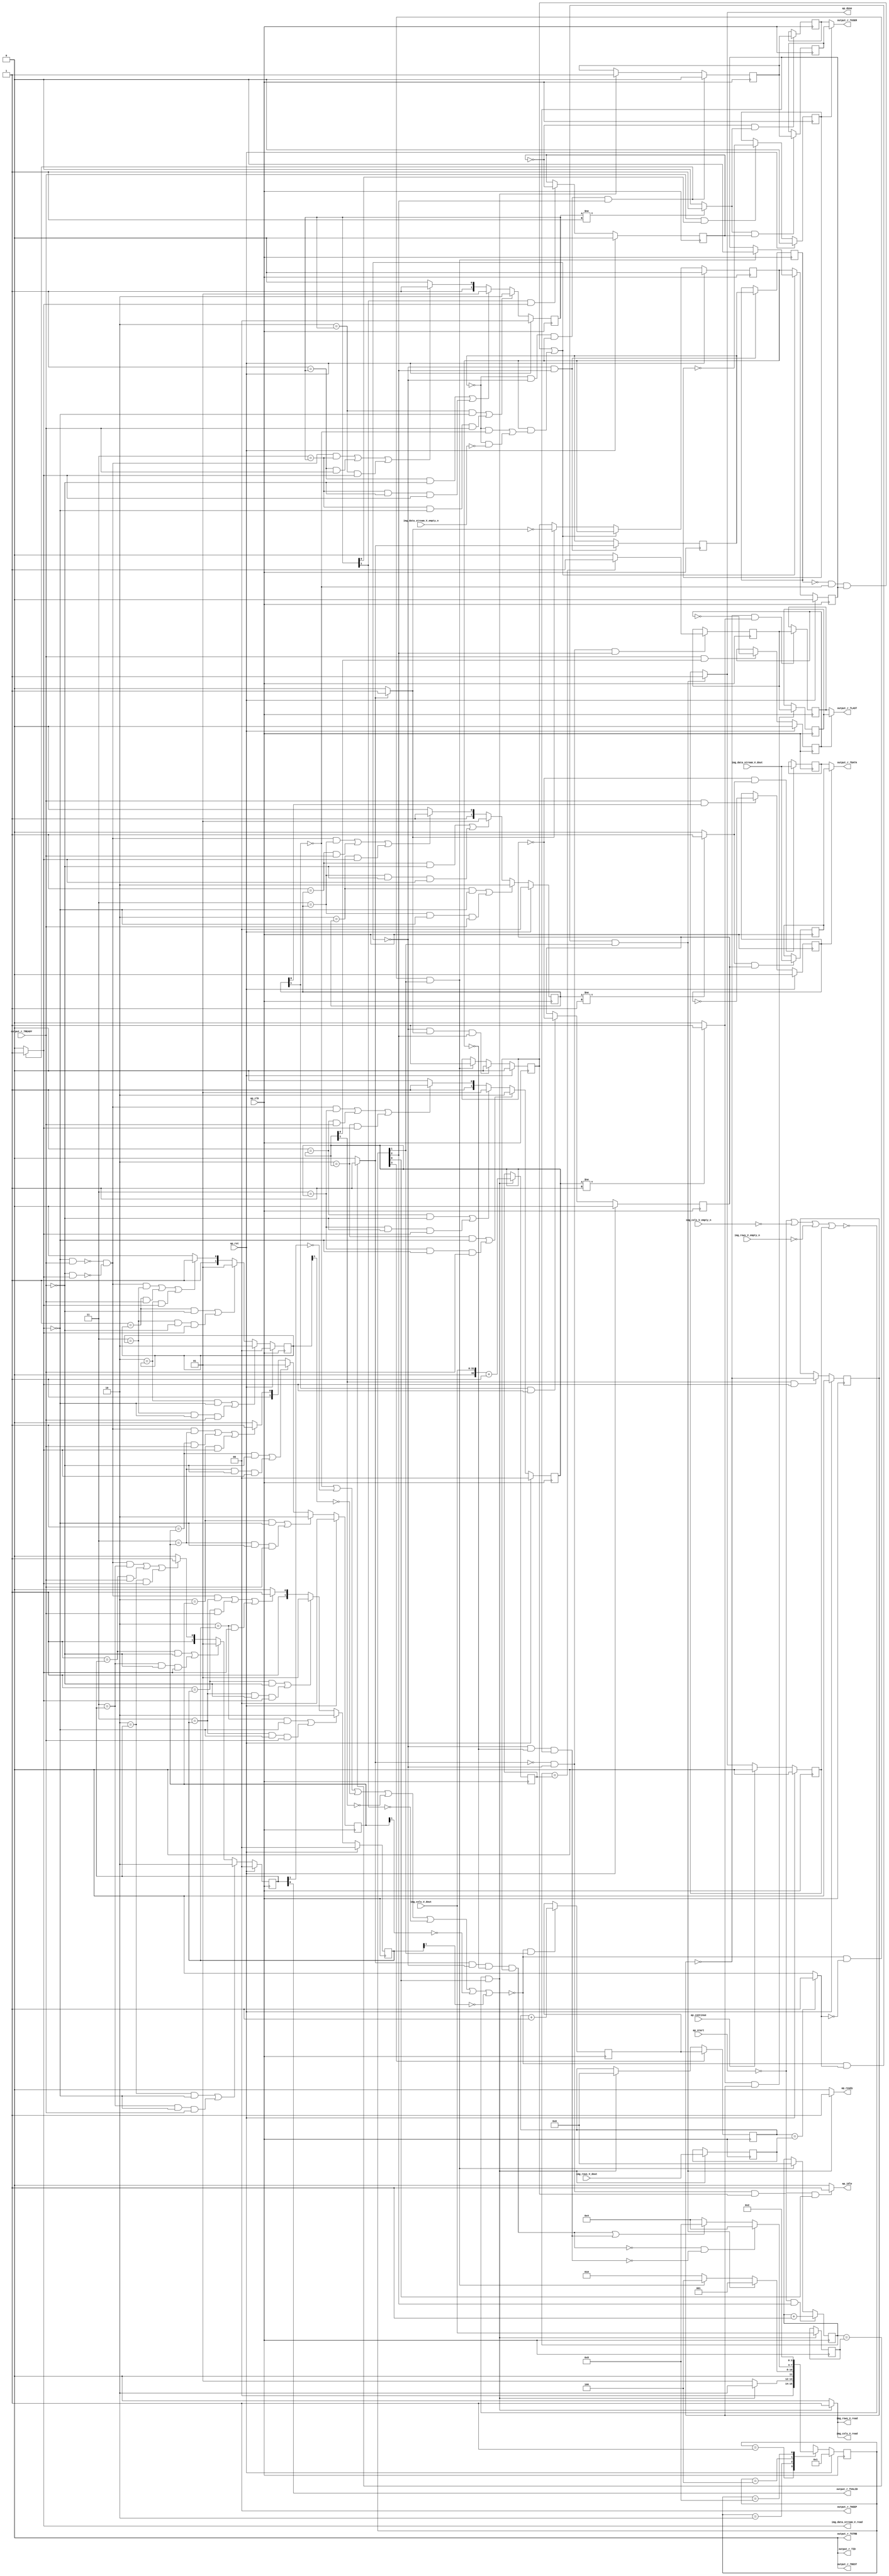
// ==============================================================
// RTL generated by Vivado(TM) HLS - High-Level Synthesis from C, C++ and SystemC
// Version: 2018.2
// Copyright (C) 1986-2018 Xilinx, Inc. All Rights Reserved.
// 
// ===========================================================

`timescale 1 ns / 1 ps 

module Mat2AXIvideo (
        ap_clk,
        ap_rst,
        ap_start,
        ap_done,
        ap_continue,
        ap_idle,
        ap_ready,
        img_rows_V_dout,
        img_rows_V_empty_n,
        img_rows_V_read,
        img_cols_V_dout,
        img_cols_V_empty_n,
        img_cols_V_read,
        img_data_stream_V_dout,
        img_data_stream_V_empty_n,
        img_data_stream_V_read,
        output_r_TDATA,
        output_r_TVALID,
        output_r_TREADY,
        output_r_TKEEP,
        output_r_TSTRB,
        output_r_TUSER,
        output_r_TLAST,
        output_r_TID,
        output_r_TDEST
);

parameter    ap_ST_fsm_state1 = 4'd1;
parameter    ap_ST_fsm_state2 = 4'd2;
parameter    ap_ST_fsm_pp0_stage0 = 4'd4;
parameter    ap_ST_fsm_state6 = 4'd8;

input   ap_clk;
input   ap_rst;
input   ap_start;
output   ap_done;
input   ap_continue;
output   ap_idle;
output   ap_ready;
input  [31:0] img_rows_V_dout;
input   img_rows_V_empty_n;
output   img_rows_V_read;
input  [31:0] img_cols_V_dout;
input   img_cols_V_empty_n;
output   img_cols_V_read;
input  [7:0] img_data_stream_V_dout;
input   img_data_stream_V_empty_n;
output   img_data_stream_V_read;
output  [7:0] output_r_TDATA;
output   output_r_TVALID;
input   output_r_TREADY;
output  [0:0] output_r_TKEEP;
output  [0:0] output_r_TSTRB;
output  [0:0] output_r_TUSER;
output  [0:0] output_r_TLAST;
output  [0:0] output_r_TID;
output  [0:0] output_r_TDEST;

reg ap_done;
reg ap_idle;
reg ap_ready;
reg img_rows_V_read;
reg img_cols_V_read;
reg img_data_stream_V_read;

reg    ap_done_reg;
(* fsm_encoding = "none" *) reg   [3:0] ap_CS_fsm;
wire    ap_CS_fsm_state1;
reg   [7:0] AXI_video_strm_V_data_V_1_data_out;
reg    AXI_video_strm_V_data_V_1_vld_in;
wire    AXI_video_strm_V_data_V_1_vld_out;
wire    AXI_video_strm_V_data_V_1_ack_in;
wire    AXI_video_strm_V_data_V_1_ack_out;
reg   [7:0] AXI_video_strm_V_data_V_1_payload_A;
reg   [7:0] AXI_video_strm_V_data_V_1_payload_B;
reg    AXI_video_strm_V_data_V_1_sel_rd;
reg    AXI_video_strm_V_data_V_1_sel_wr;
wire    AXI_video_strm_V_data_V_1_sel;
wire    AXI_video_strm_V_data_V_1_load_A;
wire    AXI_video_strm_V_data_V_1_load_B;
reg   [1:0] AXI_video_strm_V_data_V_1_state;
wire    AXI_video_strm_V_data_V_1_state_cmp_full;
wire   [0:0] AXI_video_strm_V_keep_V_1_data_out;
reg    AXI_video_strm_V_keep_V_1_vld_in;
wire    AXI_video_strm_V_keep_V_1_vld_out;
wire    AXI_video_strm_V_keep_V_1_ack_in;
wire    AXI_video_strm_V_keep_V_1_ack_out;
reg    AXI_video_strm_V_keep_V_1_sel_rd;
wire    AXI_video_strm_V_keep_V_1_sel;
reg   [1:0] AXI_video_strm_V_keep_V_1_state;
wire   [0:0] AXI_video_strm_V_strb_V_1_data_out;
reg    AXI_video_strm_V_strb_V_1_vld_in;
wire    AXI_video_strm_V_strb_V_1_vld_out;
wire    AXI_video_strm_V_strb_V_1_ack_in;
wire    AXI_video_strm_V_strb_V_1_ack_out;
reg    AXI_video_strm_V_strb_V_1_sel_rd;
wire    AXI_video_strm_V_strb_V_1_sel;
reg   [1:0] AXI_video_strm_V_strb_V_1_state;
reg   [0:0] AXI_video_strm_V_user_V_1_data_out;
reg    AXI_video_strm_V_user_V_1_vld_in;
wire    AXI_video_strm_V_user_V_1_vld_out;
wire    AXI_video_strm_V_user_V_1_ack_in;
wire    AXI_video_strm_V_user_V_1_ack_out;
reg   [0:0] AXI_video_strm_V_user_V_1_payload_A;
reg   [0:0] AXI_video_strm_V_user_V_1_payload_B;
reg    AXI_video_strm_V_user_V_1_sel_rd;
reg    AXI_video_strm_V_user_V_1_sel_wr;
wire    AXI_video_strm_V_user_V_1_sel;
wire    AXI_video_strm_V_user_V_1_load_A;
wire    AXI_video_strm_V_user_V_1_load_B;
reg   [1:0] AXI_video_strm_V_user_V_1_state;
wire    AXI_video_strm_V_user_V_1_state_cmp_full;
reg   [0:0] AXI_video_strm_V_last_V_1_data_out;
reg    AXI_video_strm_V_last_V_1_vld_in;
wire    AXI_video_strm_V_last_V_1_vld_out;
wire    AXI_video_strm_V_last_V_1_ack_in;
wire    AXI_video_strm_V_last_V_1_ack_out;
reg   [0:0] AXI_video_strm_V_last_V_1_payload_A;
reg   [0:0] AXI_video_strm_V_last_V_1_payload_B;
reg    AXI_video_strm_V_last_V_1_sel_rd;
reg    AXI_video_strm_V_last_V_1_sel_wr;
wire    AXI_video_strm_V_last_V_1_sel;
wire    AXI_video_strm_V_last_V_1_load_A;
wire    AXI_video_strm_V_last_V_1_load_B;
reg   [1:0] AXI_video_strm_V_last_V_1_state;
wire    AXI_video_strm_V_last_V_1_state_cmp_full;
wire   [0:0] AXI_video_strm_V_id_V_1_data_out;
reg    AXI_video_strm_V_id_V_1_vld_in;
wire    AXI_video_strm_V_id_V_1_vld_out;
wire    AXI_video_strm_V_id_V_1_ack_in;
wire    AXI_video_strm_V_id_V_1_ack_out;
reg    AXI_video_strm_V_id_V_1_sel_rd;
wire    AXI_video_strm_V_id_V_1_sel;
reg   [1:0] AXI_video_strm_V_id_V_1_state;
wire   [0:0] AXI_video_strm_V_dest_V_1_data_out;
reg    AXI_video_strm_V_dest_V_1_vld_in;
wire    AXI_video_strm_V_dest_V_1_vld_out;
wire    AXI_video_strm_V_dest_V_1_ack_in;
wire    AXI_video_strm_V_dest_V_1_ack_out;
reg    AXI_video_strm_V_dest_V_1_sel_rd;
wire    AXI_video_strm_V_dest_V_1_sel;
reg   [1:0] AXI_video_strm_V_dest_V_1_state;
reg    img_rows_V_blk_n;
reg    img_cols_V_blk_n;
reg    img_data_stream_V_blk_n;
wire    ap_CS_fsm_pp0_stage0;
reg    ap_enable_reg_pp0_iter1;
wire    ap_block_pp0_stage0;
reg   [0:0] exitcond_i_reg_274;
reg    output_r_TDATA_blk_n;
reg    ap_enable_reg_pp0_iter2;
reg   [0:0] exitcond_i_reg_274_pp0_iter1_reg;
reg   [31:0] t_V_4_reg_177;
reg   [31:0] rows_V_reg_250;
reg    ap_block_state1;
reg   [31:0] cols_V_reg_255;
wire   [32:0] r_V_fu_192_p2;
reg   [32:0] r_V_reg_260;
wire   [0:0] exitcond4_i_fu_203_p2;
wire    ap_CS_fsm_state2;
reg    ap_block_state2;
wire   [31:0] i_V_fu_208_p2;
reg   [31:0] i_V_reg_269;
wire   [0:0] exitcond_i_fu_214_p2;
wire    ap_block_state3_pp0_stage0_iter0;
reg    ap_block_state4_pp0_stage0_iter1;
reg    ap_block_state4_io;
wire    ap_block_state5_pp0_stage0_iter2;
reg    ap_block_state5_io;
reg    ap_block_pp0_stage0_11001;
wire   [31:0] j_V_fu_219_p2;
reg    ap_enable_reg_pp0_iter0;
wire   [0:0] axi_last_V_fu_229_p2;
reg   [0:0] axi_last_V_reg_283;
reg    ap_block_pp0_stage0_subdone;
reg    ap_condition_pp0_exit_iter0_state3;
reg   [31:0] t_V_reg_166;
wire    ap_CS_fsm_state6;
reg   [0:0] tmp_user_V_fu_114;
reg    ap_block_pp0_stage0_01001;
wire   [32:0] lhs_V_cast_i_fu_188_p1;
wire   [32:0] tmp_cast_i_fu_225_p1;
reg   [3:0] ap_NS_fsm;
reg    ap_idle_pp0;
wire    ap_enable_pp0;

// power-on initialization
initial begin
#0 ap_done_reg = 1'b0;
#0 ap_CS_fsm = 4'd1;
#0 AXI_video_strm_V_data_V_1_sel_rd = 1'b0;
#0 AXI_video_strm_V_data_V_1_sel_wr = 1'b0;
#0 AXI_video_strm_V_data_V_1_state = 2'd0;
#0 AXI_video_strm_V_keep_V_1_sel_rd = 1'b0;
#0 AXI_video_strm_V_keep_V_1_state = 2'd0;
#0 AXI_video_strm_V_strb_V_1_sel_rd = 1'b0;
#0 AXI_video_strm_V_strb_V_1_state = 2'd0;
#0 AXI_video_strm_V_user_V_1_sel_rd = 1'b0;
#0 AXI_video_strm_V_user_V_1_sel_wr = 1'b0;
#0 AXI_video_strm_V_user_V_1_state = 2'd0;
#0 AXI_video_strm_V_last_V_1_sel_rd = 1'b0;
#0 AXI_video_strm_V_last_V_1_sel_wr = 1'b0;
#0 AXI_video_strm_V_last_V_1_state = 2'd0;
#0 AXI_video_strm_V_id_V_1_sel_rd = 1'b0;
#0 AXI_video_strm_V_id_V_1_state = 2'd0;
#0 AXI_video_strm_V_dest_V_1_sel_rd = 1'b0;
#0 AXI_video_strm_V_dest_V_1_state = 2'd0;
#0 ap_enable_reg_pp0_iter1 = 1'b0;
#0 ap_enable_reg_pp0_iter2 = 1'b0;
#0 ap_enable_reg_pp0_iter0 = 1'b0;
end

always @ (posedge ap_clk) begin
    if (ap_rst == 1'b1) begin
        AXI_video_strm_V_data_V_1_sel_rd <= 1'b0;
    end else begin
        if (((1'b1 == AXI_video_strm_V_data_V_1_ack_out) & (1'b1 == AXI_video_strm_V_data_V_1_vld_out))) begin
            AXI_video_strm_V_data_V_1_sel_rd <= ~AXI_video_strm_V_data_V_1_sel_rd;
        end
    end
end

always @ (posedge ap_clk) begin
    if (ap_rst == 1'b1) begin
        AXI_video_strm_V_data_V_1_sel_wr <= 1'b0;
    end else begin
        if (((1'b1 == AXI_video_strm_V_data_V_1_ack_in) & (1'b1 == AXI_video_strm_V_data_V_1_vld_in))) begin
            AXI_video_strm_V_data_V_1_sel_wr <= ~AXI_video_strm_V_data_V_1_sel_wr;
        end
    end
end

always @ (posedge ap_clk) begin
    if (ap_rst == 1'b1) begin
        AXI_video_strm_V_data_V_1_state <= 2'd0;
    end else begin
        if ((((2'd2 == AXI_video_strm_V_data_V_1_state) & (1'b0 == AXI_video_strm_V_data_V_1_vld_in)) | ((2'd3 == AXI_video_strm_V_data_V_1_state) & (1'b0 == AXI_video_strm_V_data_V_1_vld_in) & (1'b1 == AXI_video_strm_V_data_V_1_ack_out)))) begin
            AXI_video_strm_V_data_V_1_state <= 2'd2;
        end else if ((((2'd1 == AXI_video_strm_V_data_V_1_state) & (1'b0 == AXI_video_strm_V_data_V_1_ack_out)) | ((2'd3 == AXI_video_strm_V_data_V_1_state) & (1'b0 == AXI_video_strm_V_data_V_1_ack_out) & (1'b1 == AXI_video_strm_V_data_V_1_vld_in)))) begin
            AXI_video_strm_V_data_V_1_state <= 2'd1;
        end else if (((~((1'b0 == AXI_video_strm_V_data_V_1_vld_in) & (1'b1 == AXI_video_strm_V_data_V_1_ack_out)) & ~((1'b0 == AXI_video_strm_V_data_V_1_ack_out) & (1'b1 == AXI_video_strm_V_data_V_1_vld_in)) & (2'd3 == AXI_video_strm_V_data_V_1_state)) | ((2'd1 == AXI_video_strm_V_data_V_1_state) & (1'b1 == AXI_video_strm_V_data_V_1_ack_out)) | ((2'd2 == AXI_video_strm_V_data_V_1_state) & (1'b1 == AXI_video_strm_V_data_V_1_vld_in)))) begin
            AXI_video_strm_V_data_V_1_state <= 2'd3;
        end else begin
            AXI_video_strm_V_data_V_1_state <= 2'd2;
        end
    end
end

always @ (posedge ap_clk) begin
    if (ap_rst == 1'b1) begin
        AXI_video_strm_V_dest_V_1_sel_rd <= 1'b0;
    end else begin
        if (((1'b1 == AXI_video_strm_V_dest_V_1_ack_out) & (1'b1 == AXI_video_strm_V_dest_V_1_vld_out))) begin
            AXI_video_strm_V_dest_V_1_sel_rd <= ~AXI_video_strm_V_dest_V_1_sel_rd;
        end
    end
end

always @ (posedge ap_clk) begin
    if (ap_rst == 1'b1) begin
        AXI_video_strm_V_dest_V_1_state <= 2'd0;
    end else begin
        if ((((2'd2 == AXI_video_strm_V_dest_V_1_state) & (1'b0 == AXI_video_strm_V_dest_V_1_vld_in)) | ((2'd3 == AXI_video_strm_V_dest_V_1_state) & (1'b0 == AXI_video_strm_V_dest_V_1_vld_in) & (1'b1 == AXI_video_strm_V_dest_V_1_ack_out)))) begin
            AXI_video_strm_V_dest_V_1_state <= 2'd2;
        end else if ((((2'd1 == AXI_video_strm_V_dest_V_1_state) & (1'b0 == AXI_video_strm_V_dest_V_1_ack_out)) | ((2'd3 == AXI_video_strm_V_dest_V_1_state) & (1'b0 == AXI_video_strm_V_dest_V_1_ack_out) & (1'b1 == AXI_video_strm_V_dest_V_1_vld_in)))) begin
            AXI_video_strm_V_dest_V_1_state <= 2'd1;
        end else if (((~((1'b0 == AXI_video_strm_V_dest_V_1_vld_in) & (1'b1 == AXI_video_strm_V_dest_V_1_ack_out)) & ~((1'b0 == AXI_video_strm_V_dest_V_1_ack_out) & (1'b1 == AXI_video_strm_V_dest_V_1_vld_in)) & (2'd3 == AXI_video_strm_V_dest_V_1_state)) | ((2'd1 == AXI_video_strm_V_dest_V_1_state) & (1'b1 == AXI_video_strm_V_dest_V_1_ack_out)) | ((2'd2 == AXI_video_strm_V_dest_V_1_state) & (1'b1 == AXI_video_strm_V_dest_V_1_vld_in)))) begin
            AXI_video_strm_V_dest_V_1_state <= 2'd3;
        end else begin
            AXI_video_strm_V_dest_V_1_state <= 2'd2;
        end
    end
end

always @ (posedge ap_clk) begin
    if (ap_rst == 1'b1) begin
        AXI_video_strm_V_id_V_1_sel_rd <= 1'b0;
    end else begin
        if (((1'b1 == AXI_video_strm_V_id_V_1_ack_out) & (1'b1 == AXI_video_strm_V_id_V_1_vld_out))) begin
            AXI_video_strm_V_id_V_1_sel_rd <= ~AXI_video_strm_V_id_V_1_sel_rd;
        end
    end
end

always @ (posedge ap_clk) begin
    if (ap_rst == 1'b1) begin
        AXI_video_strm_V_id_V_1_state <= 2'd0;
    end else begin
        if ((((2'd2 == AXI_video_strm_V_id_V_1_state) & (1'b0 == AXI_video_strm_V_id_V_1_vld_in)) | ((2'd3 == AXI_video_strm_V_id_V_1_state) & (1'b0 == AXI_video_strm_V_id_V_1_vld_in) & (1'b1 == AXI_video_strm_V_id_V_1_ack_out)))) begin
            AXI_video_strm_V_id_V_1_state <= 2'd2;
        end else if ((((2'd1 == AXI_video_strm_V_id_V_1_state) & (1'b0 == AXI_video_strm_V_id_V_1_ack_out)) | ((2'd3 == AXI_video_strm_V_id_V_1_state) & (1'b0 == AXI_video_strm_V_id_V_1_ack_out) & (1'b1 == AXI_video_strm_V_id_V_1_vld_in)))) begin
            AXI_video_strm_V_id_V_1_state <= 2'd1;
        end else if (((~((1'b0 == AXI_video_strm_V_id_V_1_vld_in) & (1'b1 == AXI_video_strm_V_id_V_1_ack_out)) & ~((1'b0 == AXI_video_strm_V_id_V_1_ack_out) & (1'b1 == AXI_video_strm_V_id_V_1_vld_in)) & (2'd3 == AXI_video_strm_V_id_V_1_state)) | ((2'd1 == AXI_video_strm_V_id_V_1_state) & (1'b1 == AXI_video_strm_V_id_V_1_ack_out)) | ((2'd2 == AXI_video_strm_V_id_V_1_state) & (1'b1 == AXI_video_strm_V_id_V_1_vld_in)))) begin
            AXI_video_strm_V_id_V_1_state <= 2'd3;
        end else begin
            AXI_video_strm_V_id_V_1_state <= 2'd2;
        end
    end
end

always @ (posedge ap_clk) begin
    if (ap_rst == 1'b1) begin
        AXI_video_strm_V_keep_V_1_sel_rd <= 1'b0;
    end else begin
        if (((1'b1 == AXI_video_strm_V_keep_V_1_ack_out) & (1'b1 == AXI_video_strm_V_keep_V_1_vld_out))) begin
            AXI_video_strm_V_keep_V_1_sel_rd <= ~AXI_video_strm_V_keep_V_1_sel_rd;
        end
    end
end

always @ (posedge ap_clk) begin
    if (ap_rst == 1'b1) begin
        AXI_video_strm_V_keep_V_1_state <= 2'd0;
    end else begin
        if ((((2'd2 == AXI_video_strm_V_keep_V_1_state) & (1'b0 == AXI_video_strm_V_keep_V_1_vld_in)) | ((2'd3 == AXI_video_strm_V_keep_V_1_state) & (1'b0 == AXI_video_strm_V_keep_V_1_vld_in) & (1'b1 == AXI_video_strm_V_keep_V_1_ack_out)))) begin
            AXI_video_strm_V_keep_V_1_state <= 2'd2;
        end else if ((((2'd1 == AXI_video_strm_V_keep_V_1_state) & (1'b0 == AXI_video_strm_V_keep_V_1_ack_out)) | ((2'd3 == AXI_video_strm_V_keep_V_1_state) & (1'b0 == AXI_video_strm_V_keep_V_1_ack_out) & (1'b1 == AXI_video_strm_V_keep_V_1_vld_in)))) begin
            AXI_video_strm_V_keep_V_1_state <= 2'd1;
        end else if (((~((1'b0 == AXI_video_strm_V_keep_V_1_vld_in) & (1'b1 == AXI_video_strm_V_keep_V_1_ack_out)) & ~((1'b0 == AXI_video_strm_V_keep_V_1_ack_out) & (1'b1 == AXI_video_strm_V_keep_V_1_vld_in)) & (2'd3 == AXI_video_strm_V_keep_V_1_state)) | ((2'd1 == AXI_video_strm_V_keep_V_1_state) & (1'b1 == AXI_video_strm_V_keep_V_1_ack_out)) | ((2'd2 == AXI_video_strm_V_keep_V_1_state) & (1'b1 == AXI_video_strm_V_keep_V_1_vld_in)))) begin
            AXI_video_strm_V_keep_V_1_state <= 2'd3;
        end else begin
            AXI_video_strm_V_keep_V_1_state <= 2'd2;
        end
    end
end

always @ (posedge ap_clk) begin
    if (ap_rst == 1'b1) begin
        AXI_video_strm_V_last_V_1_sel_rd <= 1'b0;
    end else begin
        if (((1'b1 == AXI_video_strm_V_last_V_1_ack_out) & (1'b1 == AXI_video_strm_V_last_V_1_vld_out))) begin
            AXI_video_strm_V_last_V_1_sel_rd <= ~AXI_video_strm_V_last_V_1_sel_rd;
        end
    end
end

always @ (posedge ap_clk) begin
    if (ap_rst == 1'b1) begin
        AXI_video_strm_V_last_V_1_sel_wr <= 1'b0;
    end else begin
        if (((1'b1 == AXI_video_strm_V_last_V_1_ack_in) & (1'b1 == AXI_video_strm_V_last_V_1_vld_in))) begin
            AXI_video_strm_V_last_V_1_sel_wr <= ~AXI_video_strm_V_last_V_1_sel_wr;
        end
    end
end

always @ (posedge ap_clk) begin
    if (ap_rst == 1'b1) begin
        AXI_video_strm_V_last_V_1_state <= 2'd0;
    end else begin
        if ((((2'd2 == AXI_video_strm_V_last_V_1_state) & (1'b0 == AXI_video_strm_V_last_V_1_vld_in)) | ((2'd3 == AXI_video_strm_V_last_V_1_state) & (1'b0 == AXI_video_strm_V_last_V_1_vld_in) & (1'b1 == AXI_video_strm_V_last_V_1_ack_out)))) begin
            AXI_video_strm_V_last_V_1_state <= 2'd2;
        end else if ((((2'd1 == AXI_video_strm_V_last_V_1_state) & (1'b0 == AXI_video_strm_V_last_V_1_ack_out)) | ((2'd3 == AXI_video_strm_V_last_V_1_state) & (1'b0 == AXI_video_strm_V_last_V_1_ack_out) & (1'b1 == AXI_video_strm_V_last_V_1_vld_in)))) begin
            AXI_video_strm_V_last_V_1_state <= 2'd1;
        end else if (((~((1'b0 == AXI_video_strm_V_last_V_1_vld_in) & (1'b1 == AXI_video_strm_V_last_V_1_ack_out)) & ~((1'b0 == AXI_video_strm_V_last_V_1_ack_out) & (1'b1 == AXI_video_strm_V_last_V_1_vld_in)) & (2'd3 == AXI_video_strm_V_last_V_1_state)) | ((2'd1 == AXI_video_strm_V_last_V_1_state) & (1'b1 == AXI_video_strm_V_last_V_1_ack_out)) | ((2'd2 == AXI_video_strm_V_last_V_1_state) & (1'b1 == AXI_video_strm_V_last_V_1_vld_in)))) begin
            AXI_video_strm_V_last_V_1_state <= 2'd3;
        end else begin
            AXI_video_strm_V_last_V_1_state <= 2'd2;
        end
    end
end

always @ (posedge ap_clk) begin
    if (ap_rst == 1'b1) begin
        AXI_video_strm_V_strb_V_1_sel_rd <= 1'b0;
    end else begin
        if (((1'b1 == AXI_video_strm_V_strb_V_1_ack_out) & (1'b1 == AXI_video_strm_V_strb_V_1_vld_out))) begin
            AXI_video_strm_V_strb_V_1_sel_rd <= ~AXI_video_strm_V_strb_V_1_sel_rd;
        end
    end
end

always @ (posedge ap_clk) begin
    if (ap_rst == 1'b1) begin
        AXI_video_strm_V_strb_V_1_state <= 2'd0;
    end else begin
        if ((((2'd2 == AXI_video_strm_V_strb_V_1_state) & (1'b0 == AXI_video_strm_V_strb_V_1_vld_in)) | ((2'd3 == AXI_video_strm_V_strb_V_1_state) & (1'b0 == AXI_video_strm_V_strb_V_1_vld_in) & (1'b1 == AXI_video_strm_V_strb_V_1_ack_out)))) begin
            AXI_video_strm_V_strb_V_1_state <= 2'd2;
        end else if ((((2'd1 == AXI_video_strm_V_strb_V_1_state) & (1'b0 == AXI_video_strm_V_strb_V_1_ack_out)) | ((2'd3 == AXI_video_strm_V_strb_V_1_state) & (1'b0 == AXI_video_strm_V_strb_V_1_ack_out) & (1'b1 == AXI_video_strm_V_strb_V_1_vld_in)))) begin
            AXI_video_strm_V_strb_V_1_state <= 2'd1;
        end else if (((~((1'b0 == AXI_video_strm_V_strb_V_1_vld_in) & (1'b1 == AXI_video_strm_V_strb_V_1_ack_out)) & ~((1'b0 == AXI_video_strm_V_strb_V_1_ack_out) & (1'b1 == AXI_video_strm_V_strb_V_1_vld_in)) & (2'd3 == AXI_video_strm_V_strb_V_1_state)) | ((2'd1 == AXI_video_strm_V_strb_V_1_state) & (1'b1 == AXI_video_strm_V_strb_V_1_ack_out)) | ((2'd2 == AXI_video_strm_V_strb_V_1_state) & (1'b1 == AXI_video_strm_V_strb_V_1_vld_in)))) begin
            AXI_video_strm_V_strb_V_1_state <= 2'd3;
        end else begin
            AXI_video_strm_V_strb_V_1_state <= 2'd2;
        end
    end
end

always @ (posedge ap_clk) begin
    if (ap_rst == 1'b1) begin
        AXI_video_strm_V_user_V_1_sel_rd <= 1'b0;
    end else begin
        if (((1'b1 == AXI_video_strm_V_user_V_1_ack_out) & (1'b1 == AXI_video_strm_V_user_V_1_vld_out))) begin
            AXI_video_strm_V_user_V_1_sel_rd <= ~AXI_video_strm_V_user_V_1_sel_rd;
        end
    end
end

always @ (posedge ap_clk) begin
    if (ap_rst == 1'b1) begin
        AXI_video_strm_V_user_V_1_sel_wr <= 1'b0;
    end else begin
        if (((1'b1 == AXI_video_strm_V_user_V_1_ack_in) & (1'b1 == AXI_video_strm_V_user_V_1_vld_in))) begin
            AXI_video_strm_V_user_V_1_sel_wr <= ~AXI_video_strm_V_user_V_1_sel_wr;
        end
    end
end

always @ (posedge ap_clk) begin
    if (ap_rst == 1'b1) begin
        AXI_video_strm_V_user_V_1_state <= 2'd0;
    end else begin
        if ((((2'd2 == AXI_video_strm_V_user_V_1_state) & (1'b0 == AXI_video_strm_V_user_V_1_vld_in)) | ((2'd3 == AXI_video_strm_V_user_V_1_state) & (1'b0 == AXI_video_strm_V_user_V_1_vld_in) & (1'b1 == AXI_video_strm_V_user_V_1_ack_out)))) begin
            AXI_video_strm_V_user_V_1_state <= 2'd2;
        end else if ((((2'd1 == AXI_video_strm_V_user_V_1_state) & (1'b0 == AXI_video_strm_V_user_V_1_ack_out)) | ((2'd3 == AXI_video_strm_V_user_V_1_state) & (1'b0 == AXI_video_strm_V_user_V_1_ack_out) & (1'b1 == AXI_video_strm_V_user_V_1_vld_in)))) begin
            AXI_video_strm_V_user_V_1_state <= 2'd1;
        end else if (((~((1'b0 == AXI_video_strm_V_user_V_1_vld_in) & (1'b1 == AXI_video_strm_V_user_V_1_ack_out)) & ~((1'b0 == AXI_video_strm_V_user_V_1_ack_out) & (1'b1 == AXI_video_strm_V_user_V_1_vld_in)) & (2'd3 == AXI_video_strm_V_user_V_1_state)) | ((2'd1 == AXI_video_strm_V_user_V_1_state) & (1'b1 == AXI_video_strm_V_user_V_1_ack_out)) | ((2'd2 == AXI_video_strm_V_user_V_1_state) & (1'b1 == AXI_video_strm_V_user_V_1_vld_in)))) begin
            AXI_video_strm_V_user_V_1_state <= 2'd3;
        end else begin
            AXI_video_strm_V_user_V_1_state <= 2'd2;
        end
    end
end

always @ (posedge ap_clk) begin
    if (ap_rst == 1'b1) begin
        ap_CS_fsm <= ap_ST_fsm_state1;
    end else begin
        ap_CS_fsm <= ap_NS_fsm;
    end
end

always @ (posedge ap_clk) begin
    if (ap_rst == 1'b1) begin
        ap_done_reg <= 1'b0;
    end else begin
        if ((ap_continue == 1'b1)) begin
            ap_done_reg <= 1'b0;
        end else if ((~((1'b0 == AXI_video_strm_V_data_V_1_ack_in) | (1'b0 == AXI_video_strm_V_dest_V_1_ack_in) | (1'b0 == AXI_video_strm_V_id_V_1_ack_in) | (1'b0 == AXI_video_strm_V_last_V_1_ack_in) | (1'b0 == AXI_video_strm_V_user_V_1_ack_in) | (1'b0 == AXI_video_strm_V_strb_V_1_ack_in) | (1'b0 == AXI_video_strm_V_keep_V_1_ack_in)) & (exitcond4_i_fu_203_p2 == 1'd1) & (1'b1 == ap_CS_fsm_state2))) begin
            ap_done_reg <= 1'b1;
        end
    end
end

always @ (posedge ap_clk) begin
    if (ap_rst == 1'b1) begin
        ap_enable_reg_pp0_iter0 <= 1'b0;
    end else begin
        if (((1'b0 == ap_block_pp0_stage0_subdone) & (1'b1 == ap_condition_pp0_exit_iter0_state3) & (1'b1 == ap_CS_fsm_pp0_stage0))) begin
            ap_enable_reg_pp0_iter0 <= 1'b0;
        end else if ((~((1'b0 == AXI_video_strm_V_data_V_1_ack_in) | (1'b0 == AXI_video_strm_V_dest_V_1_ack_in) | (1'b0 == AXI_video_strm_V_id_V_1_ack_in) | (1'b0 == AXI_video_strm_V_last_V_1_ack_in) | (1'b0 == AXI_video_strm_V_user_V_1_ack_in) | (1'b0 == AXI_video_strm_V_strb_V_1_ack_in) | (1'b0 == AXI_video_strm_V_keep_V_1_ack_in)) & (exitcond4_i_fu_203_p2 == 1'd0) & (1'b1 == ap_CS_fsm_state2))) begin
            ap_enable_reg_pp0_iter0 <= 1'b1;
        end
    end
end

always @ (posedge ap_clk) begin
    if (ap_rst == 1'b1) begin
        ap_enable_reg_pp0_iter1 <= 1'b0;
    end else begin
        if ((1'b0 == ap_block_pp0_stage0_subdone)) begin
            if ((1'b1 == ap_condition_pp0_exit_iter0_state3)) begin
                ap_enable_reg_pp0_iter1 <= (1'b1 ^ ap_condition_pp0_exit_iter0_state3);
            end else if ((1'b1 == 1'b1)) begin
                ap_enable_reg_pp0_iter1 <= ap_enable_reg_pp0_iter0;
            end
        end
    end
end

always @ (posedge ap_clk) begin
    if (ap_rst == 1'b1) begin
        ap_enable_reg_pp0_iter2 <= 1'b0;
    end else begin
        if ((1'b0 == ap_block_pp0_stage0_subdone)) begin
            ap_enable_reg_pp0_iter2 <= ap_enable_reg_pp0_iter1;
        end else if ((~((1'b0 == AXI_video_strm_V_data_V_1_ack_in) | (1'b0 == AXI_video_strm_V_dest_V_1_ack_in) | (1'b0 == AXI_video_strm_V_id_V_1_ack_in) | (1'b0 == AXI_video_strm_V_last_V_1_ack_in) | (1'b0 == AXI_video_strm_V_user_V_1_ack_in) | (1'b0 == AXI_video_strm_V_strb_V_1_ack_in) | (1'b0 == AXI_video_strm_V_keep_V_1_ack_in)) & (exitcond4_i_fu_203_p2 == 1'd0) & (1'b1 == ap_CS_fsm_state2))) begin
            ap_enable_reg_pp0_iter2 <= 1'b0;
        end
    end
end

always @ (posedge ap_clk) begin
    if (((exitcond_i_fu_214_p2 == 1'd0) & (1'b0 == ap_block_pp0_stage0_11001) & (ap_enable_reg_pp0_iter0 == 1'b1) & (1'b1 == ap_CS_fsm_pp0_stage0))) begin
        t_V_4_reg_177 <= j_V_fu_219_p2;
    end else if ((~((1'b0 == AXI_video_strm_V_data_V_1_ack_in) | (1'b0 == AXI_video_strm_V_dest_V_1_ack_in) | (1'b0 == AXI_video_strm_V_id_V_1_ack_in) | (1'b0 == AXI_video_strm_V_last_V_1_ack_in) | (1'b0 == AXI_video_strm_V_user_V_1_ack_in) | (1'b0 == AXI_video_strm_V_strb_V_1_ack_in) | (1'b0 == AXI_video_strm_V_keep_V_1_ack_in)) & (exitcond4_i_fu_203_p2 == 1'd0) & (1'b1 == ap_CS_fsm_state2))) begin
        t_V_4_reg_177 <= 32'd0;
    end
end

always @ (posedge ap_clk) begin
    if ((1'b1 == ap_CS_fsm_state6)) begin
        t_V_reg_166 <= i_V_reg_269;
    end else if ((~((ap_start == 1'b0) | (img_cols_V_empty_n == 1'b0) | (img_rows_V_empty_n == 1'b0) | (ap_done_reg == 1'b1)) & (1'b1 == ap_CS_fsm_state1))) begin
        t_V_reg_166 <= 32'd0;
    end
end

always @ (posedge ap_clk) begin
    if (((exitcond_i_reg_274 == 1'd0) & (1'b0 == ap_block_pp0_stage0_11001) & (ap_enable_reg_pp0_iter1 == 1'b1) & (1'b1 == ap_CS_fsm_pp0_stage0))) begin
        tmp_user_V_fu_114 <= 1'd0;
    end else if ((~((ap_start == 1'b0) | (img_cols_V_empty_n == 1'b0) | (img_rows_V_empty_n == 1'b0) | (ap_done_reg == 1'b1)) & (1'b1 == ap_CS_fsm_state1))) begin
        tmp_user_V_fu_114 <= 1'd1;
    end
end

always @ (posedge ap_clk) begin
    if ((1'b1 == AXI_video_strm_V_data_V_1_load_A)) begin
        AXI_video_strm_V_data_V_1_payload_A <= img_data_stream_V_dout;
    end
end

always @ (posedge ap_clk) begin
    if ((1'b1 == AXI_video_strm_V_data_V_1_load_B)) begin
        AXI_video_strm_V_data_V_1_payload_B <= img_data_stream_V_dout;
    end
end

always @ (posedge ap_clk) begin
    if ((1'b1 == AXI_video_strm_V_last_V_1_load_A)) begin
        AXI_video_strm_V_last_V_1_payload_A <= axi_last_V_reg_283;
    end
end

always @ (posedge ap_clk) begin
    if ((1'b1 == AXI_video_strm_V_last_V_1_load_B)) begin
        AXI_video_strm_V_last_V_1_payload_B <= axi_last_V_reg_283;
    end
end

always @ (posedge ap_clk) begin
    if ((1'b1 == AXI_video_strm_V_user_V_1_load_A)) begin
        AXI_video_strm_V_user_V_1_payload_A <= tmp_user_V_fu_114;
    end
end

always @ (posedge ap_clk) begin
    if ((1'b1 == AXI_video_strm_V_user_V_1_load_B)) begin
        AXI_video_strm_V_user_V_1_payload_B <= tmp_user_V_fu_114;
    end
end

always @ (posedge ap_clk) begin
    if (((exitcond_i_fu_214_p2 == 1'd0) & (1'b0 == ap_block_pp0_stage0_11001) & (1'b1 == ap_CS_fsm_pp0_stage0))) begin
        axi_last_V_reg_283 <= axi_last_V_fu_229_p2;
    end
end

always @ (posedge ap_clk) begin
    if ((~((ap_start == 1'b0) | (img_cols_V_empty_n == 1'b0) | (img_rows_V_empty_n == 1'b0) | (ap_done_reg == 1'b1)) & (1'b1 == ap_CS_fsm_state1))) begin
        cols_V_reg_255 <= img_cols_V_dout;
        r_V_reg_260 <= r_V_fu_192_p2;
        rows_V_reg_250 <= img_rows_V_dout;
    end
end

always @ (posedge ap_clk) begin
    if (((1'b0 == ap_block_pp0_stage0_11001) & (1'b1 == ap_CS_fsm_pp0_stage0))) begin
        exitcond_i_reg_274 <= exitcond_i_fu_214_p2;
        exitcond_i_reg_274_pp0_iter1_reg <= exitcond_i_reg_274;
    end
end

always @ (posedge ap_clk) begin
    if ((~((1'b0 == AXI_video_strm_V_data_V_1_ack_in) | (1'b0 == AXI_video_strm_V_dest_V_1_ack_in) | (1'b0 == AXI_video_strm_V_id_V_1_ack_in) | (1'b0 == AXI_video_strm_V_last_V_1_ack_in) | (1'b0 == AXI_video_strm_V_user_V_1_ack_in) | (1'b0 == AXI_video_strm_V_strb_V_1_ack_in) | (1'b0 == AXI_video_strm_V_keep_V_1_ack_in)) & (1'b1 == ap_CS_fsm_state2))) begin
        i_V_reg_269 <= i_V_fu_208_p2;
    end
end

always @ (*) begin
    if ((1'b1 == AXI_video_strm_V_data_V_1_sel)) begin
        AXI_video_strm_V_data_V_1_data_out = AXI_video_strm_V_data_V_1_payload_B;
    end else begin
        AXI_video_strm_V_data_V_1_data_out = AXI_video_strm_V_data_V_1_payload_A;
    end
end

always @ (*) begin
    if (((exitcond_i_reg_274 == 1'd0) & (1'b0 == ap_block_pp0_stage0_11001) & (ap_enable_reg_pp0_iter1 == 1'b1) & (1'b1 == ap_CS_fsm_pp0_stage0))) begin
        AXI_video_strm_V_data_V_1_vld_in = 1'b1;
    end else begin
        AXI_video_strm_V_data_V_1_vld_in = 1'b0;
    end
end

always @ (*) begin
    if (((exitcond_i_reg_274 == 1'd0) & (1'b0 == ap_block_pp0_stage0_11001) & (ap_enable_reg_pp0_iter1 == 1'b1) & (1'b1 == ap_CS_fsm_pp0_stage0))) begin
        AXI_video_strm_V_dest_V_1_vld_in = 1'b1;
    end else begin
        AXI_video_strm_V_dest_V_1_vld_in = 1'b0;
    end
end

always @ (*) begin
    if (((exitcond_i_reg_274 == 1'd0) & (1'b0 == ap_block_pp0_stage0_11001) & (ap_enable_reg_pp0_iter1 == 1'b1) & (1'b1 == ap_CS_fsm_pp0_stage0))) begin
        AXI_video_strm_V_id_V_1_vld_in = 1'b1;
    end else begin
        AXI_video_strm_V_id_V_1_vld_in = 1'b0;
    end
end

always @ (*) begin
    if (((exitcond_i_reg_274 == 1'd0) & (1'b0 == ap_block_pp0_stage0_11001) & (ap_enable_reg_pp0_iter1 == 1'b1) & (1'b1 == ap_CS_fsm_pp0_stage0))) begin
        AXI_video_strm_V_keep_V_1_vld_in = 1'b1;
    end else begin
        AXI_video_strm_V_keep_V_1_vld_in = 1'b0;
    end
end

always @ (*) begin
    if ((1'b1 == AXI_video_strm_V_last_V_1_sel)) begin
        AXI_video_strm_V_last_V_1_data_out = AXI_video_strm_V_last_V_1_payload_B;
    end else begin
        AXI_video_strm_V_last_V_1_data_out = AXI_video_strm_V_last_V_1_payload_A;
    end
end

always @ (*) begin
    if (((exitcond_i_reg_274 == 1'd0) & (1'b0 == ap_block_pp0_stage0_11001) & (ap_enable_reg_pp0_iter1 == 1'b1) & (1'b1 == ap_CS_fsm_pp0_stage0))) begin
        AXI_video_strm_V_last_V_1_vld_in = 1'b1;
    end else begin
        AXI_video_strm_V_last_V_1_vld_in = 1'b0;
    end
end

always @ (*) begin
    if (((exitcond_i_reg_274 == 1'd0) & (1'b0 == ap_block_pp0_stage0_11001) & (ap_enable_reg_pp0_iter1 == 1'b1) & (1'b1 == ap_CS_fsm_pp0_stage0))) begin
        AXI_video_strm_V_strb_V_1_vld_in = 1'b1;
    end else begin
        AXI_video_strm_V_strb_V_1_vld_in = 1'b0;
    end
end

always @ (*) begin
    if ((1'b1 == AXI_video_strm_V_user_V_1_sel)) begin
        AXI_video_strm_V_user_V_1_data_out = AXI_video_strm_V_user_V_1_payload_B;
    end else begin
        AXI_video_strm_V_user_V_1_data_out = AXI_video_strm_V_user_V_1_payload_A;
    end
end

always @ (*) begin
    if (((exitcond_i_reg_274 == 1'd0) & (1'b0 == ap_block_pp0_stage0_11001) & (ap_enable_reg_pp0_iter1 == 1'b1) & (1'b1 == ap_CS_fsm_pp0_stage0))) begin
        AXI_video_strm_V_user_V_1_vld_in = 1'b1;
    end else begin
        AXI_video_strm_V_user_V_1_vld_in = 1'b0;
    end
end

always @ (*) begin
    if ((exitcond_i_fu_214_p2 == 1'd1)) begin
        ap_condition_pp0_exit_iter0_state3 = 1'b1;
    end else begin
        ap_condition_pp0_exit_iter0_state3 = 1'b0;
    end
end

always @ (*) begin
    if ((~((1'b0 == AXI_video_strm_V_data_V_1_ack_in) | (1'b0 == AXI_video_strm_V_dest_V_1_ack_in) | (1'b0 == AXI_video_strm_V_id_V_1_ack_in) | (1'b0 == AXI_video_strm_V_last_V_1_ack_in) | (1'b0 == AXI_video_strm_V_user_V_1_ack_in) | (1'b0 == AXI_video_strm_V_strb_V_1_ack_in) | (1'b0 == AXI_video_strm_V_keep_V_1_ack_in)) & (exitcond4_i_fu_203_p2 == 1'd1) & (1'b1 == ap_CS_fsm_state2))) begin
        ap_done = 1'b1;
    end else begin
        ap_done = ap_done_reg;
    end
end

always @ (*) begin
    if (((ap_start == 1'b0) & (1'b1 == ap_CS_fsm_state1))) begin
        ap_idle = 1'b1;
    end else begin
        ap_idle = 1'b0;
    end
end

always @ (*) begin
    if (((ap_enable_reg_pp0_iter0 == 1'b0) & (ap_enable_reg_pp0_iter2 == 1'b0) & (ap_enable_reg_pp0_iter1 == 1'b0))) begin
        ap_idle_pp0 = 1'b1;
    end else begin
        ap_idle_pp0 = 1'b0;
    end
end

always @ (*) begin
    if ((~((1'b0 == AXI_video_strm_V_data_V_1_ack_in) | (1'b0 == AXI_video_strm_V_dest_V_1_ack_in) | (1'b0 == AXI_video_strm_V_id_V_1_ack_in) | (1'b0 == AXI_video_strm_V_last_V_1_ack_in) | (1'b0 == AXI_video_strm_V_user_V_1_ack_in) | (1'b0 == AXI_video_strm_V_strb_V_1_ack_in) | (1'b0 == AXI_video_strm_V_keep_V_1_ack_in)) & (exitcond4_i_fu_203_p2 == 1'd1) & (1'b1 == ap_CS_fsm_state2))) begin
        ap_ready = 1'b1;
    end else begin
        ap_ready = 1'b0;
    end
end

always @ (*) begin
    if ((~((ap_start == 1'b0) | (ap_done_reg == 1'b1)) & (1'b1 == ap_CS_fsm_state1))) begin
        img_cols_V_blk_n = img_cols_V_empty_n;
    end else begin
        img_cols_V_blk_n = 1'b1;
    end
end

always @ (*) begin
    if ((~((ap_start == 1'b0) | (img_cols_V_empty_n == 1'b0) | (img_rows_V_empty_n == 1'b0) | (ap_done_reg == 1'b1)) & (1'b1 == ap_CS_fsm_state1))) begin
        img_cols_V_read = 1'b1;
    end else begin
        img_cols_V_read = 1'b0;
    end
end

always @ (*) begin
    if (((exitcond_i_reg_274 == 1'd0) & (1'b0 == ap_block_pp0_stage0) & (ap_enable_reg_pp0_iter1 == 1'b1) & (1'b1 == ap_CS_fsm_pp0_stage0))) begin
        img_data_stream_V_blk_n = img_data_stream_V_empty_n;
    end else begin
        img_data_stream_V_blk_n = 1'b1;
    end
end

always @ (*) begin
    if (((exitcond_i_reg_274 == 1'd0) & (1'b0 == ap_block_pp0_stage0_11001) & (ap_enable_reg_pp0_iter1 == 1'b1) & (1'b1 == ap_CS_fsm_pp0_stage0))) begin
        img_data_stream_V_read = 1'b1;
    end else begin
        img_data_stream_V_read = 1'b0;
    end
end

always @ (*) begin
    if ((~((ap_start == 1'b0) | (ap_done_reg == 1'b1)) & (1'b1 == ap_CS_fsm_state1))) begin
        img_rows_V_blk_n = img_rows_V_empty_n;
    end else begin
        img_rows_V_blk_n = 1'b1;
    end
end

always @ (*) begin
    if ((~((ap_start == 1'b0) | (img_cols_V_empty_n == 1'b0) | (img_rows_V_empty_n == 1'b0) | (ap_done_reg == 1'b1)) & (1'b1 == ap_CS_fsm_state1))) begin
        img_rows_V_read = 1'b1;
    end else begin
        img_rows_V_read = 1'b0;
    end
end

always @ (*) begin
    if ((((exitcond_i_reg_274_pp0_iter1_reg == 1'd0) & (1'b0 == ap_block_pp0_stage0) & (ap_enable_reg_pp0_iter2 == 1'b1)) | ((exitcond_i_reg_274 == 1'd0) & (1'b0 == ap_block_pp0_stage0) & (ap_enable_reg_pp0_iter1 == 1'b1) & (1'b1 == ap_CS_fsm_pp0_stage0)))) begin
        output_r_TDATA_blk_n = AXI_video_strm_V_data_V_1_state[1'd1];
    end else begin
        output_r_TDATA_blk_n = 1'b1;
    end
end

always @ (*) begin
    case (ap_CS_fsm)
        ap_ST_fsm_state1 : begin
            if ((~((ap_start == 1'b0) | (img_cols_V_empty_n == 1'b0) | (img_rows_V_empty_n == 1'b0) | (ap_done_reg == 1'b1)) & (1'b1 == ap_CS_fsm_state1))) begin
                ap_NS_fsm = ap_ST_fsm_state2;
            end else begin
                ap_NS_fsm = ap_ST_fsm_state1;
            end
        end
        ap_ST_fsm_state2 : begin
            if ((~((1'b0 == AXI_video_strm_V_data_V_1_ack_in) | (1'b0 == AXI_video_strm_V_dest_V_1_ack_in) | (1'b0 == AXI_video_strm_V_id_V_1_ack_in) | (1'b0 == AXI_video_strm_V_last_V_1_ack_in) | (1'b0 == AXI_video_strm_V_user_V_1_ack_in) | (1'b0 == AXI_video_strm_V_strb_V_1_ack_in) | (1'b0 == AXI_video_strm_V_keep_V_1_ack_in)) & (exitcond4_i_fu_203_p2 == 1'd1) & (1'b1 == ap_CS_fsm_state2))) begin
                ap_NS_fsm = ap_ST_fsm_state1;
            end else if ((~((1'b0 == AXI_video_strm_V_data_V_1_ack_in) | (1'b0 == AXI_video_strm_V_dest_V_1_ack_in) | (1'b0 == AXI_video_strm_V_id_V_1_ack_in) | (1'b0 == AXI_video_strm_V_last_V_1_ack_in) | (1'b0 == AXI_video_strm_V_user_V_1_ack_in) | (1'b0 == AXI_video_strm_V_strb_V_1_ack_in) | (1'b0 == AXI_video_strm_V_keep_V_1_ack_in)) & (exitcond4_i_fu_203_p2 == 1'd0) & (1'b1 == ap_CS_fsm_state2))) begin
                ap_NS_fsm = ap_ST_fsm_pp0_stage0;
            end else begin
                ap_NS_fsm = ap_ST_fsm_state2;
            end
        end
        ap_ST_fsm_pp0_stage0 : begin
            if ((~((exitcond_i_fu_214_p2 == 1'd1) & (1'b0 == ap_block_pp0_stage0_subdone) & (ap_enable_reg_pp0_iter1 == 1'b0) & (ap_enable_reg_pp0_iter0 == 1'b1)) & ~((1'b0 == ap_block_pp0_stage0_subdone) & (ap_enable_reg_pp0_iter1 == 1'b0) & (ap_enable_reg_pp0_iter2 == 1'b1)))) begin
                ap_NS_fsm = ap_ST_fsm_pp0_stage0;
            end else if ((((exitcond_i_fu_214_p2 == 1'd1) & (1'b0 == ap_block_pp0_stage0_subdone) & (ap_enable_reg_pp0_iter1 == 1'b0) & (ap_enable_reg_pp0_iter0 == 1'b1)) | ((1'b0 == ap_block_pp0_stage0_subdone) & (ap_enable_reg_pp0_iter1 == 1'b0) & (ap_enable_reg_pp0_iter2 == 1'b1)))) begin
                ap_NS_fsm = ap_ST_fsm_state6;
            end else begin
                ap_NS_fsm = ap_ST_fsm_pp0_stage0;
            end
        end
        ap_ST_fsm_state6 : begin
            ap_NS_fsm = ap_ST_fsm_state2;
        end
        default : begin
            ap_NS_fsm = 'bx;
        end
    endcase
end

assign AXI_video_strm_V_data_V_1_ack_in = AXI_video_strm_V_data_V_1_state[1'd1];

assign AXI_video_strm_V_data_V_1_ack_out = output_r_TREADY;

assign AXI_video_strm_V_data_V_1_load_A = (~AXI_video_strm_V_data_V_1_sel_wr & AXI_video_strm_V_data_V_1_state_cmp_full);

assign AXI_video_strm_V_data_V_1_load_B = (AXI_video_strm_V_data_V_1_state_cmp_full & AXI_video_strm_V_data_V_1_sel_wr);

assign AXI_video_strm_V_data_V_1_sel = AXI_video_strm_V_data_V_1_sel_rd;

assign AXI_video_strm_V_data_V_1_state_cmp_full = ((AXI_video_strm_V_data_V_1_state != 2'd1) ? 1'b1 : 1'b0);

assign AXI_video_strm_V_data_V_1_vld_out = AXI_video_strm_V_data_V_1_state[1'd0];

assign AXI_video_strm_V_dest_V_1_ack_in = AXI_video_strm_V_dest_V_1_state[1'd1];

assign AXI_video_strm_V_dest_V_1_ack_out = output_r_TREADY;

assign AXI_video_strm_V_dest_V_1_data_out = 1'd0;

assign AXI_video_strm_V_dest_V_1_sel = AXI_video_strm_V_dest_V_1_sel_rd;

assign AXI_video_strm_V_dest_V_1_vld_out = AXI_video_strm_V_dest_V_1_state[1'd0];

assign AXI_video_strm_V_id_V_1_ack_in = AXI_video_strm_V_id_V_1_state[1'd1];

assign AXI_video_strm_V_id_V_1_ack_out = output_r_TREADY;

assign AXI_video_strm_V_id_V_1_data_out = 1'd0;

assign AXI_video_strm_V_id_V_1_sel = AXI_video_strm_V_id_V_1_sel_rd;

assign AXI_video_strm_V_id_V_1_vld_out = AXI_video_strm_V_id_V_1_state[1'd0];

assign AXI_video_strm_V_keep_V_1_ack_in = AXI_video_strm_V_keep_V_1_state[1'd1];

assign AXI_video_strm_V_keep_V_1_ack_out = output_r_TREADY;

assign AXI_video_strm_V_keep_V_1_data_out = 1'd1;

assign AXI_video_strm_V_keep_V_1_sel = AXI_video_strm_V_keep_V_1_sel_rd;

assign AXI_video_strm_V_keep_V_1_vld_out = AXI_video_strm_V_keep_V_1_state[1'd0];

assign AXI_video_strm_V_last_V_1_ack_in = AXI_video_strm_V_last_V_1_state[1'd1];

assign AXI_video_strm_V_last_V_1_ack_out = output_r_TREADY;

assign AXI_video_strm_V_last_V_1_load_A = (~AXI_video_strm_V_last_V_1_sel_wr & AXI_video_strm_V_last_V_1_state_cmp_full);

assign AXI_video_strm_V_last_V_1_load_B = (AXI_video_strm_V_last_V_1_state_cmp_full & AXI_video_strm_V_last_V_1_sel_wr);

assign AXI_video_strm_V_last_V_1_sel = AXI_video_strm_V_last_V_1_sel_rd;

assign AXI_video_strm_V_last_V_1_state_cmp_full = ((AXI_video_strm_V_last_V_1_state != 2'd1) ? 1'b1 : 1'b0);

assign AXI_video_strm_V_last_V_1_vld_out = AXI_video_strm_V_last_V_1_state[1'd0];

assign AXI_video_strm_V_strb_V_1_ack_in = AXI_video_strm_V_strb_V_1_state[1'd1];

assign AXI_video_strm_V_strb_V_1_ack_out = output_r_TREADY;

assign AXI_video_strm_V_strb_V_1_data_out = 1'd0;

assign AXI_video_strm_V_strb_V_1_sel = AXI_video_strm_V_strb_V_1_sel_rd;

assign AXI_video_strm_V_strb_V_1_vld_out = AXI_video_strm_V_strb_V_1_state[1'd0];

assign AXI_video_strm_V_user_V_1_ack_in = AXI_video_strm_V_user_V_1_state[1'd1];

assign AXI_video_strm_V_user_V_1_ack_out = output_r_TREADY;

assign AXI_video_strm_V_user_V_1_load_A = (~AXI_video_strm_V_user_V_1_sel_wr & AXI_video_strm_V_user_V_1_state_cmp_full);

assign AXI_video_strm_V_user_V_1_load_B = (AXI_video_strm_V_user_V_1_state_cmp_full & AXI_video_strm_V_user_V_1_sel_wr);

assign AXI_video_strm_V_user_V_1_sel = AXI_video_strm_V_user_V_1_sel_rd;

assign AXI_video_strm_V_user_V_1_state_cmp_full = ((AXI_video_strm_V_user_V_1_state != 2'd1) ? 1'b1 : 1'b0);

assign AXI_video_strm_V_user_V_1_vld_out = AXI_video_strm_V_user_V_1_state[1'd0];

assign ap_CS_fsm_pp0_stage0 = ap_CS_fsm[32'd2];

assign ap_CS_fsm_state1 = ap_CS_fsm[32'd0];

assign ap_CS_fsm_state2 = ap_CS_fsm[32'd1];

assign ap_CS_fsm_state6 = ap_CS_fsm[32'd3];

assign ap_block_pp0_stage0 = ~(1'b1 == 1'b1);

always @ (*) begin
    ap_block_pp0_stage0_01001 = ((exitcond_i_reg_274 == 1'd0) & (img_data_stream_V_empty_n == 1'b0) & (ap_enable_reg_pp0_iter1 == 1'b1));
end

always @ (*) begin
    ap_block_pp0_stage0_11001 = (((1'b1 == ap_block_state5_io) & (ap_enable_reg_pp0_iter2 == 1'b1)) | ((ap_enable_reg_pp0_iter1 == 1'b1) & ((1'b1 == ap_block_state4_io) | ((exitcond_i_reg_274 == 1'd0) & (img_data_stream_V_empty_n == 1'b0)))));
end

always @ (*) begin
    ap_block_pp0_stage0_subdone = (((1'b1 == ap_block_state5_io) & (ap_enable_reg_pp0_iter2 == 1'b1)) | ((ap_enable_reg_pp0_iter1 == 1'b1) & ((1'b1 == ap_block_state4_io) | ((exitcond_i_reg_274 == 1'd0) & (img_data_stream_V_empty_n == 1'b0)))));
end

always @ (*) begin
    ap_block_state1 = ((ap_start == 1'b0) | (img_cols_V_empty_n == 1'b0) | (img_rows_V_empty_n == 1'b0) | (ap_done_reg == 1'b1));
end

always @ (*) begin
    ap_block_state2 = ((1'b0 == AXI_video_strm_V_data_V_1_ack_in) | (1'b0 == AXI_video_strm_V_dest_V_1_ack_in) | (1'b0 == AXI_video_strm_V_id_V_1_ack_in) | (1'b0 == AXI_video_strm_V_last_V_1_ack_in) | (1'b0 == AXI_video_strm_V_user_V_1_ack_in) | (1'b0 == AXI_video_strm_V_strb_V_1_ack_in) | (1'b0 == AXI_video_strm_V_keep_V_1_ack_in));
end

assign ap_block_state3_pp0_stage0_iter0 = ~(1'b1 == 1'b1);

always @ (*) begin
    ap_block_state4_io = ((exitcond_i_reg_274 == 1'd0) & (1'b0 == AXI_video_strm_V_data_V_1_ack_in));
end

always @ (*) begin
    ap_block_state4_pp0_stage0_iter1 = ((exitcond_i_reg_274 == 1'd0) & (img_data_stream_V_empty_n == 1'b0));
end

always @ (*) begin
    ap_block_state5_io = ((exitcond_i_reg_274_pp0_iter1_reg == 1'd0) & (1'b0 == AXI_video_strm_V_data_V_1_ack_in));
end

assign ap_block_state5_pp0_stage0_iter2 = ~(1'b1 == 1'b1);

assign ap_enable_pp0 = (ap_idle_pp0 ^ 1'b1);

assign axi_last_V_fu_229_p2 = ((tmp_cast_i_fu_225_p1 == r_V_reg_260) ? 1'b1 : 1'b0);

assign exitcond4_i_fu_203_p2 = ((t_V_reg_166 == rows_V_reg_250) ? 1'b1 : 1'b0);

assign exitcond_i_fu_214_p2 = ((t_V_4_reg_177 == cols_V_reg_255) ? 1'b1 : 1'b0);

assign i_V_fu_208_p2 = (t_V_reg_166 + 32'd1);

assign j_V_fu_219_p2 = (t_V_4_reg_177 + 32'd1);

assign lhs_V_cast_i_fu_188_p1 = img_cols_V_dout;

assign output_r_TDATA = AXI_video_strm_V_data_V_1_data_out;

assign output_r_TDEST = AXI_video_strm_V_dest_V_1_data_out;

assign output_r_TID = AXI_video_strm_V_id_V_1_data_out;

assign output_r_TKEEP = AXI_video_strm_V_keep_V_1_data_out;

assign output_r_TLAST = AXI_video_strm_V_last_V_1_data_out;

assign output_r_TSTRB = AXI_video_strm_V_strb_V_1_data_out;

assign output_r_TUSER = AXI_video_strm_V_user_V_1_data_out;

assign output_r_TVALID = AXI_video_strm_V_dest_V_1_state[1'd0];

assign r_V_fu_192_p2 = ($signed(lhs_V_cast_i_fu_188_p1) + $signed(33'd8589934591));

assign tmp_cast_i_fu_225_p1 = t_V_4_reg_177;

endmodule //Mat2AXIvideo